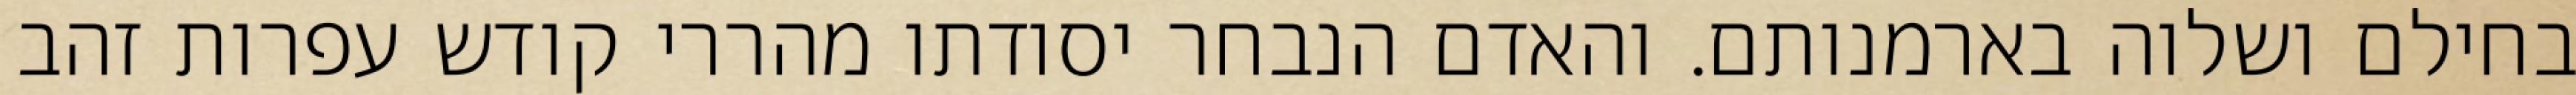
בחילם ושלוה בארמנותם. והאדם הנבחר יסודתו מהררי קודש עפרות זהב